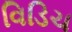
વિડિચ